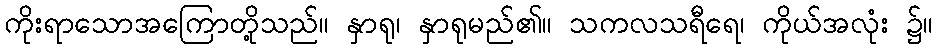
ကိုးရာသောအကြောတို့သည်။ နှာရု၊ နှာရုမည်၏။ သကလသရီရေ၊ ကိုယ်အလုံး ၌။